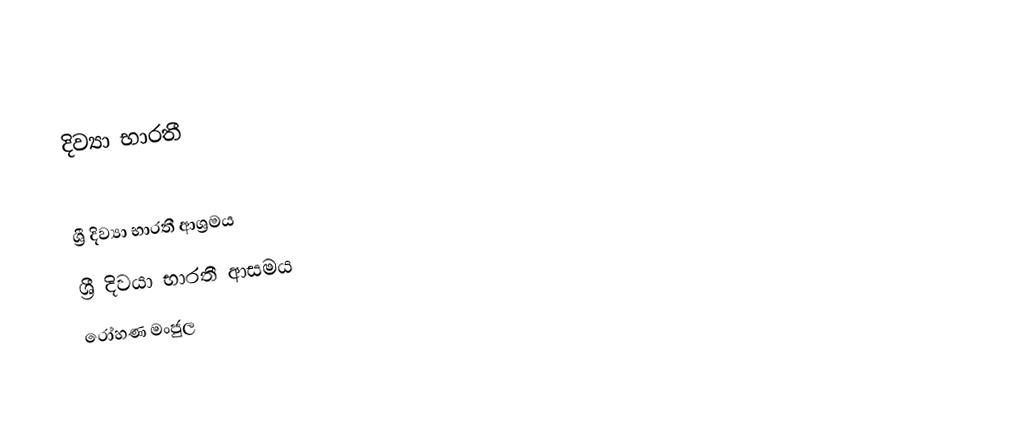
දිව්‍යා භාරතී

 ශ්‍රී දිව්‍යා භාරතී ආශ්‍රමය
    ශ්‍රී දිවයා භාරතී ආසමය
රෝහණ මංජුල